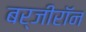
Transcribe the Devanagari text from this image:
बर्जीरॉन